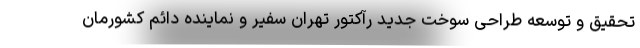
تحقیق و توسعه طراحی سوخت جدید رآکتور تهران سفیر و نماینده دائم کشورمان